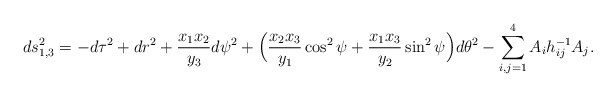
\begin{align*}ds^2_{1,3} = - d \tau^2 + dr^2 + {x_1 x_2 \over y_3} d \psi^2+ \Big( {x_2 x_3 \over y_1} \cos^2 \psi+ {x_1 x_3 \over y_2} \sin^2 \psi \Big) d \theta^2- \sum_{i,j=1}^4 A_i h_{ij}^{-1} A_j.\end{align*}